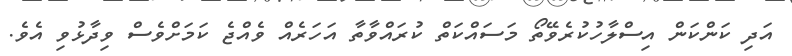
އަދި ކަންކަން އިސްލާހުކުރެވޭތޯ މަސައްކަތް ކުރައްވާތާ އަހަރެއް ވެއްޖެ ކަމަށްވެސް ވިދާޅުވި އެވެ.